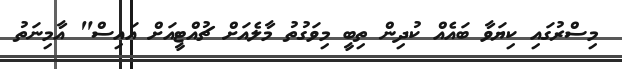
މިސްރުގައި ކިޔަވާ ބައެއް ކުދިން ތިބީ މިވަގުތު މާލެއަށް ޗުއްޓީއަށް އައިސް" އާމިނަތު